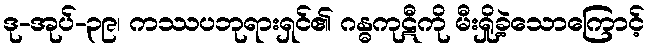
ဒု-အုပ်-၃၉၊ ကဿပဘုရားရှင်၏ ဂန္ဓကုဋီကို မီးရှို့ခဲ့သောကြောင့်